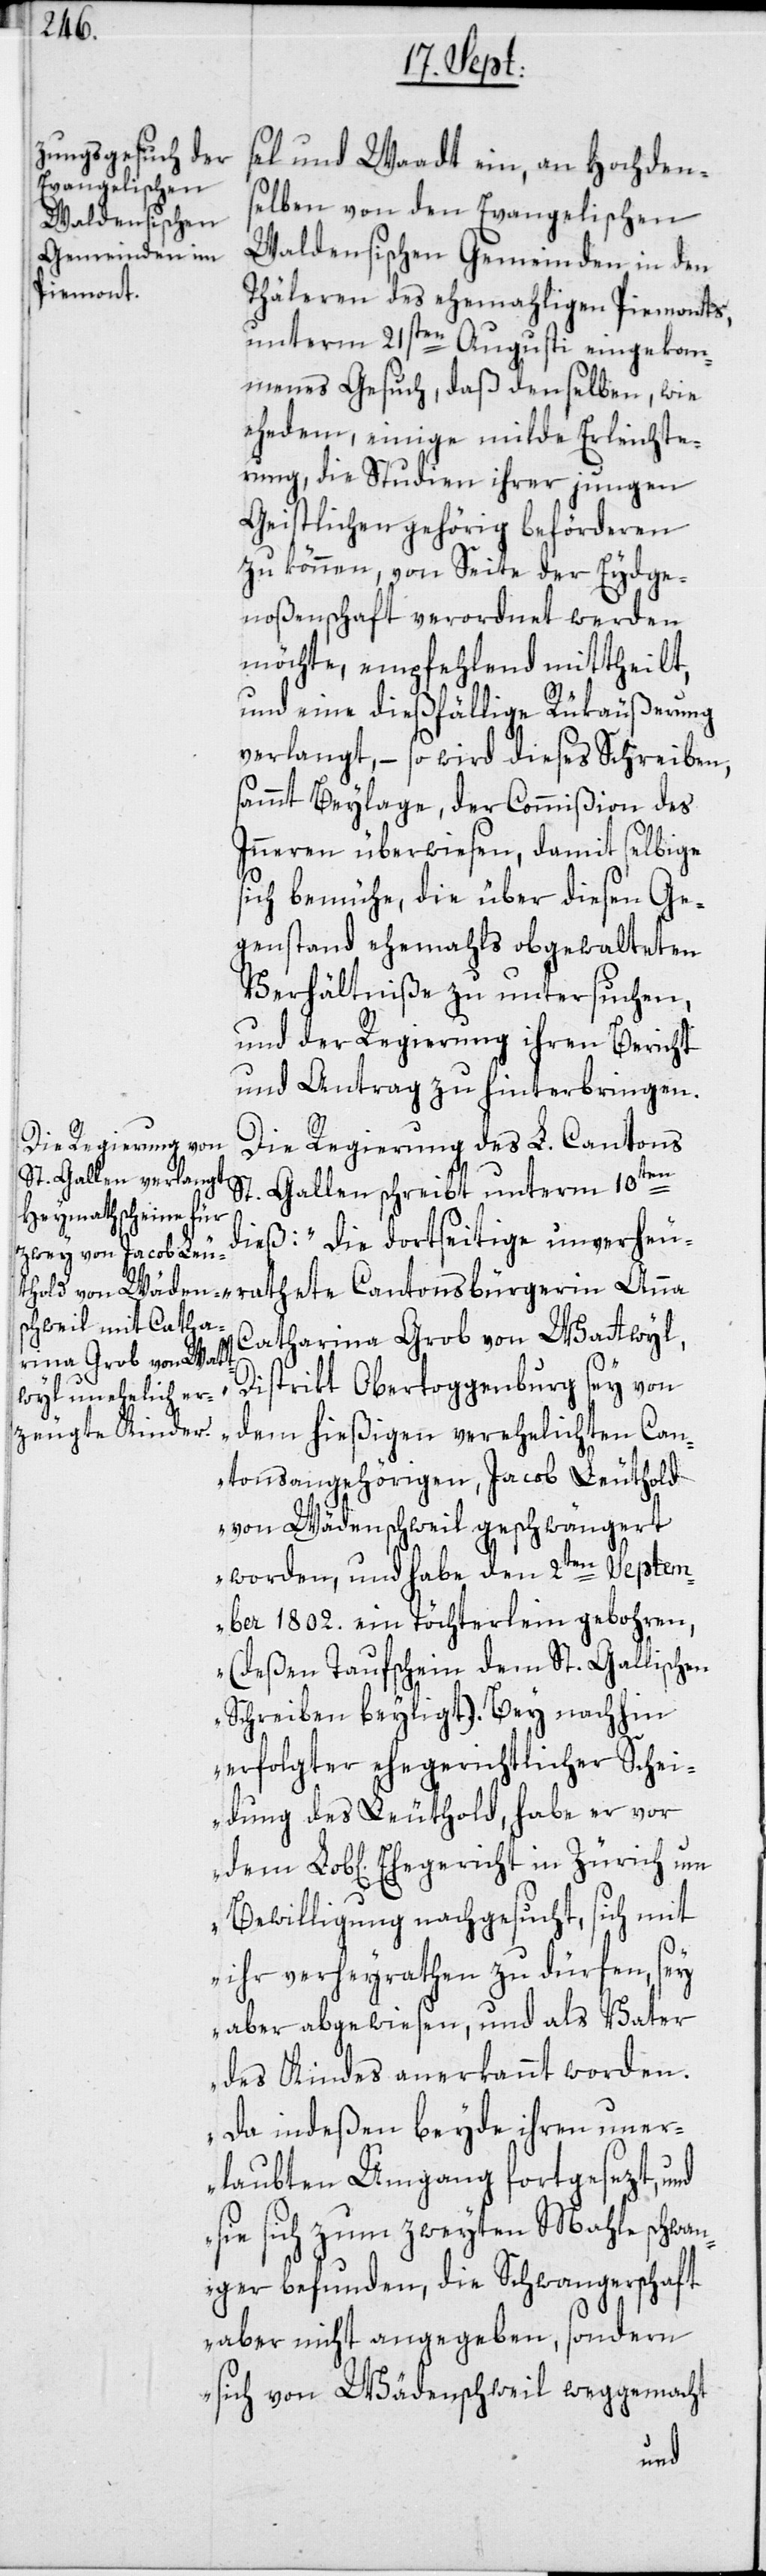
sel und Waadt ein, an Hochdens¬
elben von den Evangelischen
Waldensischen Gemeinden in den
Thäleren des ehemahligen Piemonts,
unterm 21sten Augusti eingekom¬
menes Gesuchs, daß denselben, wie
ehedem, einige milde Erleichte¬
rung, die Studien ihrer jungen
Geistlichen gehörig beförderen
zu können, von Seite der Eydge¬
noßenschaft verordnet werden
möchte, empfehlend mittheilt,
und eine dießfällige Rükäußerung
verlangt, – so wird dieses Schreiben,
sammt Beylage, der Commißion des
Inneren überwiesen, damit selbige
sich bemühe, die über diesen Ge¬
genstand ehemahls obgewalteten
Verhältniße zu untersuchen,
und der Regierung ihren Bericht
und Antrag zu hinterbringen.
Die Regierung des L. Cantons
St. Gallen schreibt unterm 10ten
dieß: „Die dortseitige unverheu¬
rathete Cantonsbürgerin Anna
Catharina Grob von Wattwyl,
Distrikt Obertoggenburg, sey von
dem hießigen verehelichten Can¬
tonsangehörigen, Jacob Leuthold
von Wädenschweil geschwängert
worden, und habe den 2ten Septem¬
ber 1802. ein Töchterlein gebohren,
(deßen Taufschein dem St. Gallischen
Schreiben beyligt). Bey nachhin
erfolgter ehegerichtlicher Schei¬
dung des Leuthold, habe er vor
Bewilligung nachgesucht, sich mit
ihr verheyrathen zu dürfen, sey
aber abgewiesen, und als Vater
des Kindes anerkannt worden.
Da indeßen beyde ihren uner¬
laubten Umgang fortgesezt, und
sie sich zum zweyten Mahle schwan¬
ger befunden, die Schwangerschaft
aber nicht angegeben, sondern
sich von Wädenschweil weggemacht